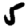
Digit: 5